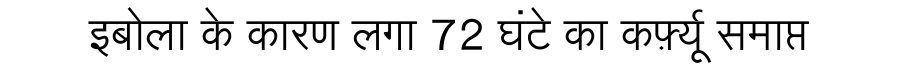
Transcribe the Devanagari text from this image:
इबोला के कारण लगा 72 घंटे का कर्फ़्यू समाप्त